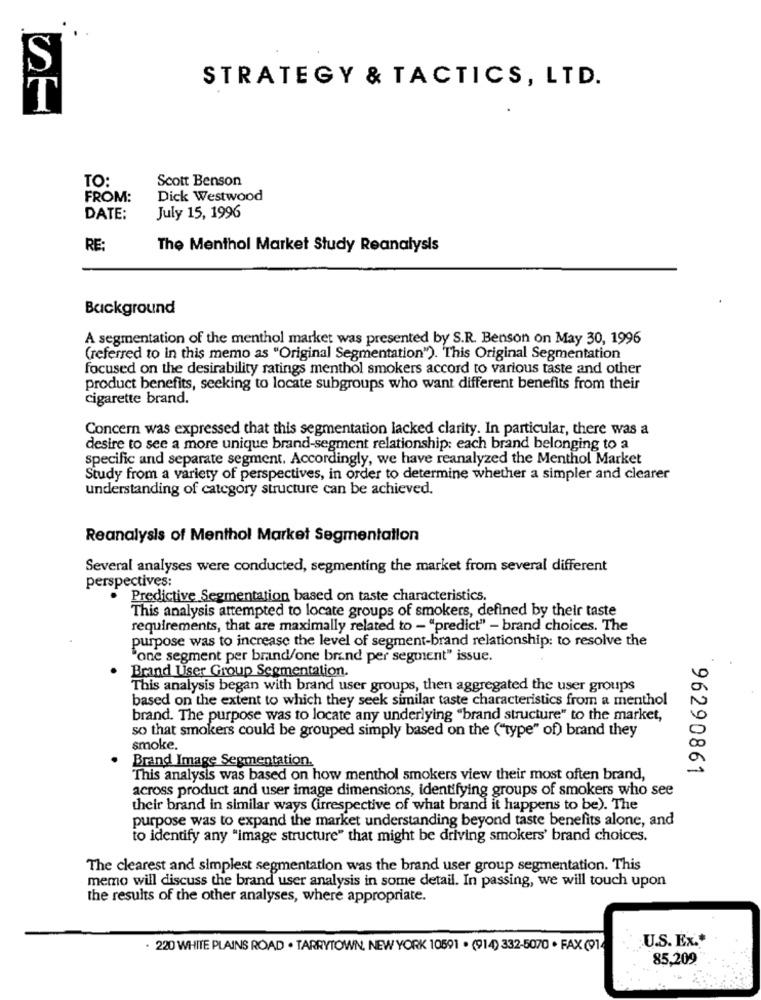
S
STRATEGY & TACTICS, LTD.
TO:
Scott Benson
FROM:
Dick Westwood
DATE:
July 15, 1996
RE:
The Menthol Market Study Reanalysis
Background
A segmentation of the menthol market was presented by S.R. Benson on May 30, 1996
(referred to in this memo as "Original Segmentation"). This Original Segmentation
focused on the desirability ratings menthol smokers accord to various taste and other
product benefits, seeking to locate subgroups who want different benefits from their
cigarette brand.
Concern was expressed that this segmentation lacked clarity. In particular, there was a
desire to see a more unique brand-segment relationship: each brand belonging to a
Specific and separate segment. Accordingly, we have reanalyzed the Menthol Market
Study from a variety of perspectives, in order to determine whether a simpler and clearer
understanding of category structure can be achieved.
Reanalysis of Menthol Market Segmentation
Several analyses were conducted, segmenting the market from several different
perspectives:
Predictive Segmentation based on taste characteristics.
This analysis attempted to locate groups of smokers, defined by their taste
requirements, that are maximally related to - "predict" - brand choices. The
purpose was to increase the level of segment-brand relationship: to resolve the
"one segment per brand/one brind per segment" issue.
Brand User Group Segmentation.
This analysis began with brand user groups, then aggregated the user groups
based on the extent to which they seek similar taste characteristics from a menthol
brand. The purpose was to locate any underlying "brand structure" to the market,
so that smokers could be grouped simply based on the ("type" of) brand they
smoke.
Brand Image Segmentation.
96290861
This analysis was based on how menthol smokers view their most often brand,
across product and user image dimensions, identifying groups of smokers who see
their brand in similar ways (irrespective of what brand it happens to be). The
purpose was to expand the market understanding beyond taste benefits alone, and
to identify any "image structure" that might be driving smokers' brand choices.
The clearest and simplest segmentation was the brand user group segmentation. This
memo will discuss the brand user analysis in some detail. In passing, we will touch upon
the results of the other analyses, where appropriate.
U.S. Ex .*
. 220 WHITE PLAINS ROAD . TARRYTOWN. NEW YORK 10591 . (914) 332-5070 . FAX (914
85,209